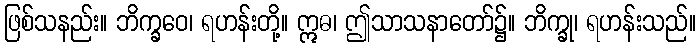
ဖြစ်သနည်း။ ဘိက္ခဝေ၊ ရဟန်းတို့။ ဣဓ၊ ဤသာသနာတော်၌။ ဘိက္ခု၊ ရဟန်းသည်။